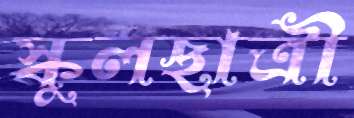
স্কুলছাত্রী